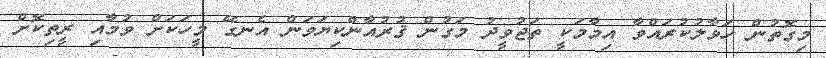
މިގޮތުން ހަވާލުކުރައްވާ އިމާމަކީ ތަޖުވީދު މަގުން ޤުރުއާންކިޔަވަން އެނގޭ މީހަކަށް ވުމާއި ރީތިކޮށް